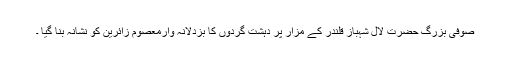
صوفی بزرگ حضرت لال شہباز قلندر کے مزار پر دہشت گردوں کا بزدلانہ وارمعصوم زائرین کو نشانہ بنا گیا ۔